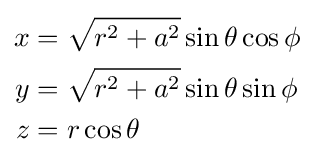
{\begin{aligned}x&={\sqrt {r^{2}+a^{2}}}\sin \theta \cos \phi \\y&={\sqrt {r^{2}+a^{2}}}\sin \theta \sin \phi \\z&=r\cos \theta \end{aligned}}